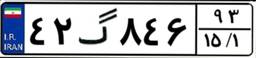
۴۰گ۸۴۷۸۰